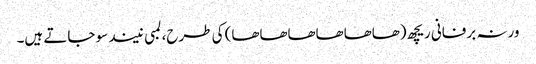
ورنہ برفانی ریچھ (ھاھاھاھاھاھا) کی طرح، لمبی نیند سو جاتے ہیں۔